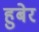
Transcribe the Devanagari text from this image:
हुबेर